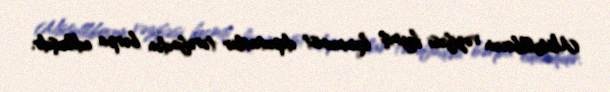
Mütəllibovun vəzifəsi keçmiş kommunist deputatlar tərəfindən bərpa edilmişdir.